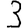
Digit: 3